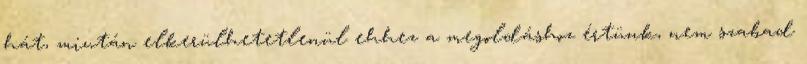
hát, miután elkerülhetetlenül ehhez a megoldáshoz értünk, nem szabad